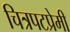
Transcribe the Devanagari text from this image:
चित्रपटप्रेमी